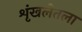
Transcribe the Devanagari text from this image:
शृंखलेतला